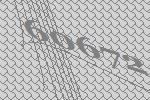
60672